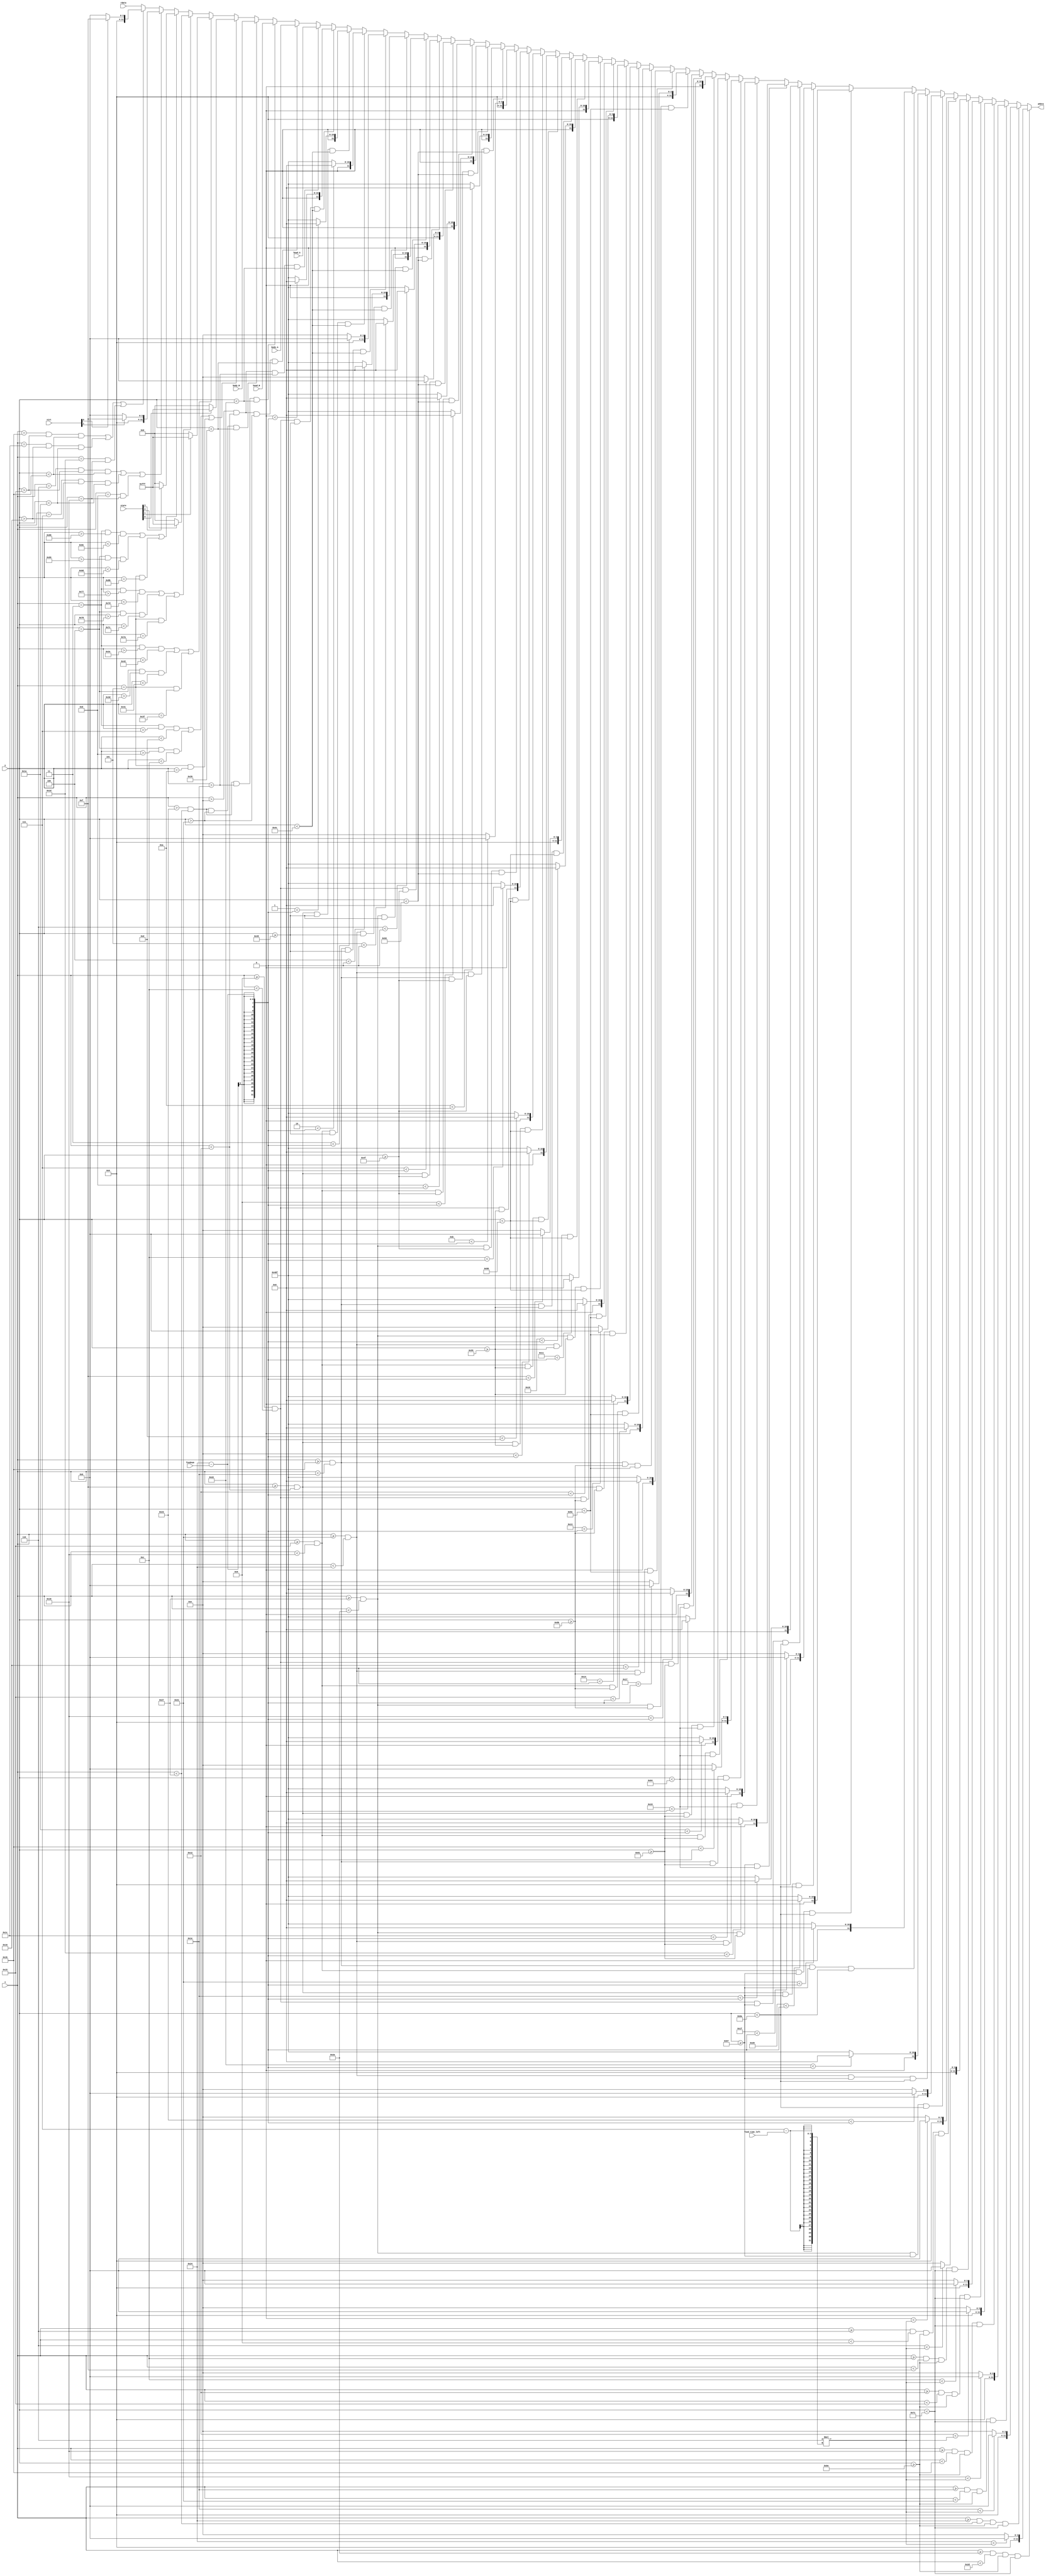
`timescale 1ns / 1ps
module Info#(
    parameter HEADAX = 14,
    parameter HEADAY = 30,
    parameter BODYAX = 14,
    parameter BODYAY = 33,
    parameter HEADBX = 35,
    parameter HEADBY = 30,
    parameter BODYBX = 35,
    parameter BODYBY = 33,
    parameter HEADWID = 4,
    parameter HEADHEIGHT = 4,
    parameter BODYWID = 4,
    parameter BODYHEIGHT = 24,

    parameter POINTERX = 3,
    parameter POINTER1Y = 10,
    parameter POINTER2Y = 63,
    parameter POINTER3Y = 122,
    parameter POINTER4Y = 139,

    parameter WINNERAX = 6,
    parameter WINNERBX = 27,
    parameter WINNERY = 24,

    parameter FOODX = 9,
    parameter FOODY = 73,
    parameter TIMEX = 6,
    parameter TIMEY = 110
)(
    input [7:0] x,
    input [7:0] y,
    input [11:0] head_A, body_A,
    input [11:0] head_B, body_B,
    input [11:0] rdata,
    input [5:0] foodnum,
    input [2:0] food_time_left,
    input [3:0] state,
    input [1:0] vict,

    output reg [11:0] pdata

    );
    integer i, j;
    integer k;
    always @(*) begin
        //snake
        if(x > HEADAX && x < HEADAX + HEADWID && y > HEADAY && y < HEADAY + HEADHEIGHT) pdata = head_A;
        else if(x > BODYAX && x < BODYAX + BODYWID && y > BODYAY && y < BODYAY + BODYHEIGHT) pdata = body_A;
        else if(x > HEADBX && x < HEADBX + HEADWID && y > HEADBY && y < HEADBY + HEADHEIGHT) pdata = head_B;
        else if(x > BODYBX && x < BODYBX + BODYWID && y > BODYBY && y < BODYBY + BODYHEIGHT) pdata = body_B;
        else if(x == POINTERX && y > POINTER1Y - 3 && y < POINTER1Y + 3 || 
                x == POINTERX + 1 && y > POINTER1Y - 2 && y < POINTER1Y + 2 ||
                x == POINTERX + 2 && y == POINTER1Y) begin
                    if(state[0]) pdata = 12'hFFF;
                    else pdata = 0;
                end

        else if(x == POINTERX && y > POINTER2Y - 3 && y < POINTER2Y + 3 || 
                x == POINTERX + 1 && y > POINTER2Y - 2 && y < POINTER2Y + 2 ||
                x == POINTERX + 2 && y == POINTER2Y) begin
                    if(state[1]) pdata = 12'hFFF;
                    else pdata = 0;
                end
        else if(x == POINTERX && y > POINTER3Y - 3 && y < POINTER3Y + 3 || 
                x == POINTERX + 1 && y > POINTER3Y - 2 && y < POINTER3Y + 2 ||
                x == POINTERX + 2 && y == POINTER3Y) begin
                    if(state[2]) pdata = 12'hFFF;
                    else pdata = 0;
                end
        else if(x == POINTERX && y > POINTER4Y - 3 && y < POINTER4Y + 3 || 
                x == POINTERX + 1 && y > POINTER4Y - 2 && y < POINTER4Y + 2 ||
                x == POINTERX + 2 && y == POINTER4Y) begin
                    if(state[3]) pdata = 12'hFFF;
                    else pdata = 0;
                end

        //victory
        else if(x == WINNERAX && y > WINNERY - 3 && y < WINNERY + 3 ||
                x == WINNERAX + 1 && y > WINNERY - 2 && y < WINNERY + 2 ||
                x == WINNERAX + 2 && y == WINNERY)begin
                    if(vict[1]) pdata = 12'h00F;
                    else pdata = 0;
                end
        else if(x == WINNERBX && y > WINNERY - 3 && y < WINNERY + 3 ||
                x == WINNERBX + 1 && y > WINNERY - 2 && y < WINNERY + 2 ||
                x == WINNERBX + 2 && y == WINNERY)begin
                    if(vict[0]) pdata = 12'h00F;
                    else pdata = 0;
                end
        else pdata = rdata;
        
        //foodnum
        for(i = 0; i < 6; i = i + 1) begin
            for(j = 0; j < 6; j = j + 1)begin
                if(x >= FOODX + 6 * j && x < FOODX + 6 * j + 3 && 
                   y >= FOODY + 6 * i && y < FOODY + 6 * i + 3)begin
                    if(i * 6 + j < 36 - foodnum) begin
                        pdata = 12'h0;
                    end
                    else begin
                        if((i * 6 + j + 1) % 4 == 0) pdata = 12'h00E;
                        else pdata = 12'h48F;
                    end
                end
            end
        end
        //food time left
        for(k = 0; k < 42; k = k + 6)begin  
            if(x >= TIMEX + k && x < TIMEX + k + 3 && y >= TIMEY && y < TIMEY + 3)begin
                if(k < 6 * (7 - food_time_left)) pdata = 12'h0;
                else pdata = 12'h00E;
            end
        end
    end
endmodule